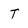
Character: T